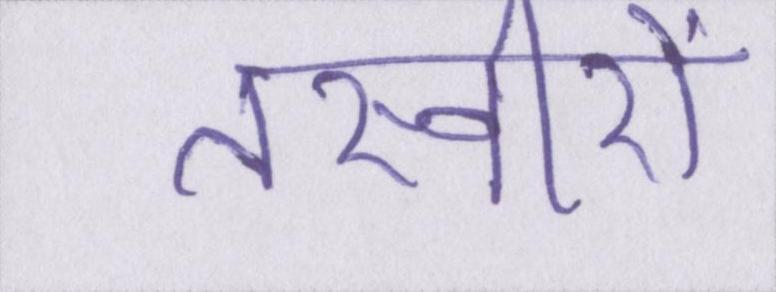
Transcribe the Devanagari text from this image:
तस्वीरों